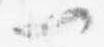
一